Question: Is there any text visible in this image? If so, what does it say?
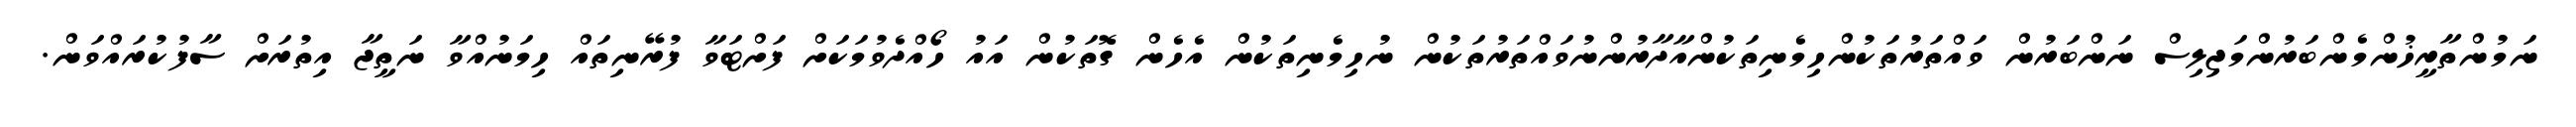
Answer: ނަމުންތާރީޚުންމެންބަރުންމަޖިލިސް ނަންބަރުން ވައްތަރުތަކުންހިމެނިތަކުންއާދާރުންނުވައްތަރުތަކުން ނުހިމެނިތަކުން އެހެން ގޮތަކުން އައު ހޯއްދެވުމަކަށް ފަށްޓަވާ ފުރޭނިތައް ހިމަނުއްވާ ނަތީޖާ އިތުރަށް ސާފުކުރައްވަން.